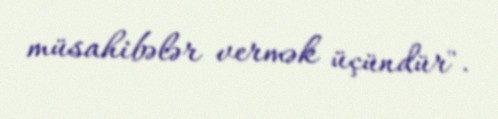
müsahibələr vermək üçündür".